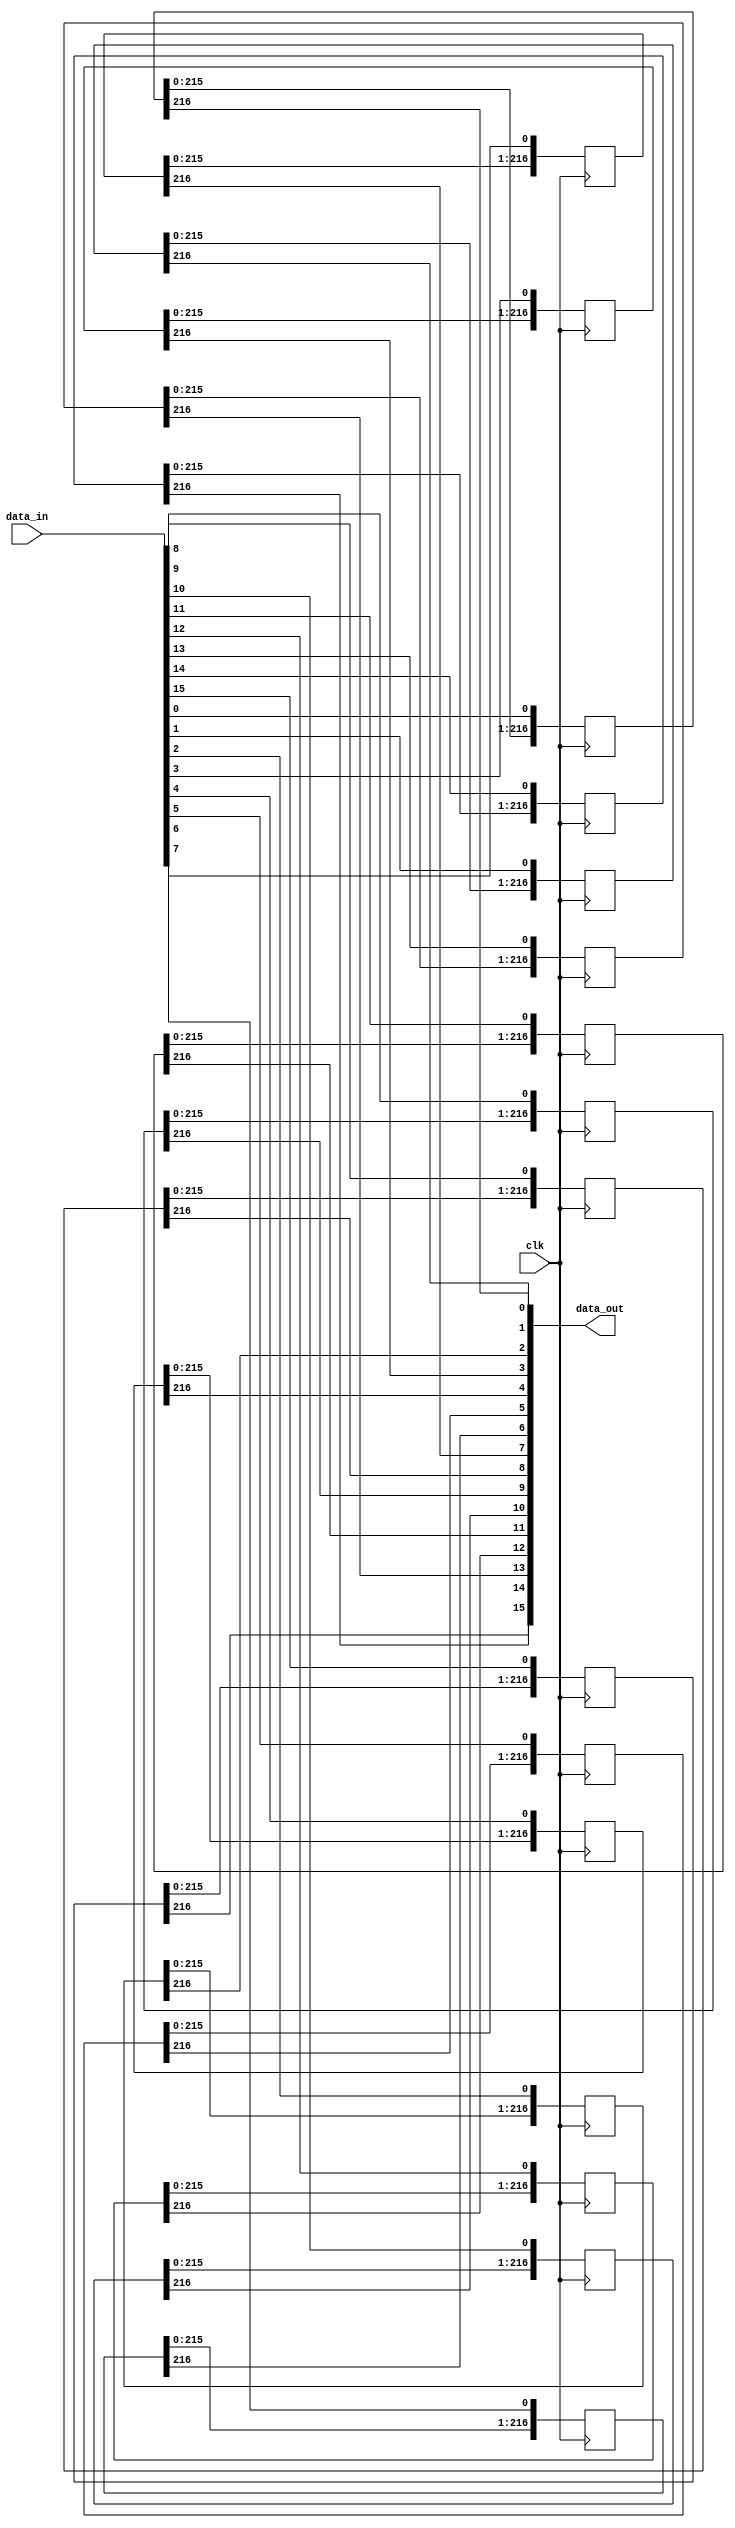
module shift(clk,data_in,data_out/*, hr_0, hr_1, hr_2, hr_3,hr_4,  hr_5,  hr_6,  hr_7,hr_8, hr_9,  hr_10, hr_11,hr_12, hr_13,  hr_14, hr_15*/);

// Depth = D = H - K = 220 - 3 = 217
parameter D = 217;

 input clk;
  input [15:0] data_in;
  
  output [15:0] data_out;
//Xc dinh thanh ghi giu cho tung bit
/*output reg [D-1:0] hr_0;output reg [D-1:0] hr_1;output reg [D-1:0] hr_2;output reg [D-1:0] hr_3;
output reg [D-1:0] hr_4;output reg [D-1:0] hr_5;output reg [D-1:0] hr_6;output reg [D-1:0] hr_7;
output reg [D-1:0] hr_8;output reg [D-1:0] hr_9;output reg [D-1:0] hr_10;output reg [D-1:0] hr_11;
output reg [D-1:0] hr_12;output reg [D-1:0] hr_13;output reg [D-1:0] hr_14;output reg [D-1:0] hr_15;
*/
 reg [D-1:0] hr_0; reg [D-1:0] hr_1; reg [D-1:0] hr_2; reg [D-1:0] hr_3;
 reg [D-1:0] hr_4; reg [D-1:0] hr_5; reg [D-1:0] hr_6; reg [D-1:0] hr_7;
 reg [D-1:0] hr_8; reg [D-1:0] hr_9; reg [D-1:0] hr_10; reg [D-1:0] hr_11;
 reg [D-1:0] hr_12; reg [D-1:0] hr_13; reg [D-1:0] hr_14; reg [D-1:0] hr_15;
always @ (posedge clk) begin
  hr_0 [D-1:0] <= {hr_0[D-2:0], data_in[0]};
  hr_1 [D-1:0] <= {hr_1[D-2:0], data_in[1]};
  hr_2 [D-1:0] <= {hr_2[D-2:0], data_in[2]};
  hr_3 [D-1:0] <= {hr_3[D-2:0], data_in[3]};
  hr_4 [D-1:0] <= {hr_4[D-2:0], data_in[4]};
  hr_5 [D-1:0] <= {hr_5[D-2:0], data_in[5]};
  hr_6 [D-1:0] <= {hr_6[D-2:0], data_in[6]};
  hr_7 [D-1:0] <= {hr_7[D-2:0], data_in[7]};
  hr_8 [D-1:0] <= {hr_8[D-2:0], data_in[8]};
  hr_9 [D-1:0] <= {hr_9[D-2:0], data_in[9]};
  hr_10 [D-1:0] <= {hr_10[D-2:0], data_in[10]};
  hr_11 [D-1:0] <= {hr_11[D-2:0], data_in[11]};
  hr_12 [D-1:0] <= {hr_12[D-2:0], data_in[12]};
  hr_13 [D-1:0] <= {hr_13[D-2:0], data_in[13]};
  hr_14 [D-1:0] <= {hr_14[D-2:0], data_in[14]};
  hr_15 [D-1:0] <= {hr_15[D-2:0], data_in[15]};
end

assign data_out[0] = hr_0[D-1]; assign data_out[1] = hr_1[D-1];
assign data_out[2] = hr_2[D-1]; assign data_out[3] = hr_3[D-1];
assign data_out[4] = hr_4[D-1]; assign data_out[5] = hr_5[D-1];
assign data_out[6] = hr_6[D-1]; assign data_out[7] = hr_7[D-1];
assign data_out[8] = hr_8[D-1]; assign data_out[9] = hr_9[D-1];
assign data_out[10] = hr_10[D-1]; assign data_out[11] = hr_11[D-1];
assign data_out[12] = hr_12[D-1]; assign data_out[13] = hr_13[D-1];
assign data_out[14] = hr_14[D-1]; assign data_out[15] = hr_15[D-1];

endmodule